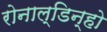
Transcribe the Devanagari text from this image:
रोनाल्‍डिन्‍हो